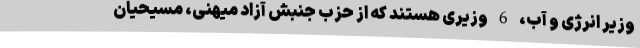
وزیر انرژی و آب، 6 وزیری هستند که از حزب جنبش آزاد میهنی، مسیحیان